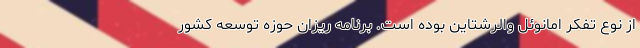
از نوع تفكر امانوئل والرشتاین بوده است. برنامه ريزان حوزه توسعه كشور